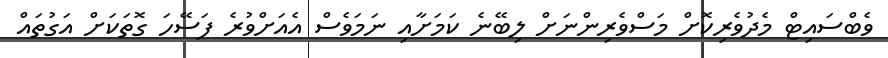
ވެބްސައިޓް މެދުވެރިކޮށް މަސްވެރިންނަށް ލިބޭނެ ކަމަށާއި ނަމަވެސް އެއަށްވުރެ ފަސޭހަ ގޮތަކަށް އަގުތައް